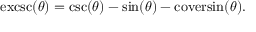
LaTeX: \operatorname { e x c s c } ( \theta ) = \csc ( \theta ) - \sin ( \theta ) - \operatorname { c o v e r s i n } ( \theta ) .